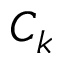
C _ { k }